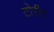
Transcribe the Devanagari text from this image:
टोरीग